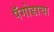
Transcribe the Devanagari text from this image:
पॅगोडाचा